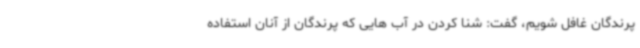
پرندگان غافل شویم، گفت: شنا کردن در آب هایی که پرندگان از آنان استفاده